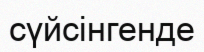
сүйсінгенде